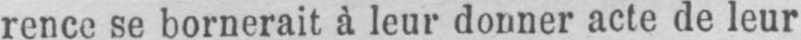
rence se bornerait à leur donner acte de leur